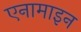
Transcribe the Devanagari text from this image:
एनामाइन